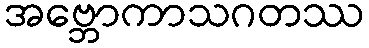
အဗ္ဘောကာသဂတဿ